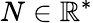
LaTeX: N\in\mathbb{R}^{*}